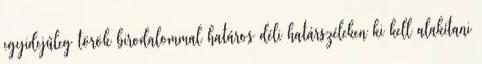
egyidejűleg török birodalommal határos déli határszéleken ki kell alakítani